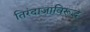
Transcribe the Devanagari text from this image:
तिरंदाजाविरूद्ध